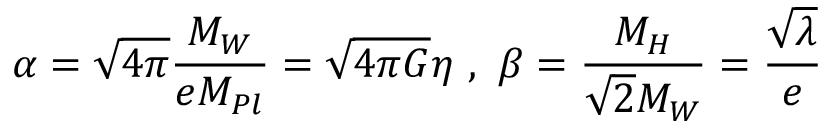
\alpha = \sqrt { 4 \pi } \frac { M _ { W } } { e M _ { P l } } = \sqrt { 4 \pi G } \eta \ , \ \beta = \frac { M _ { H } } { \sqrt { 2 } M _ { W } } = \frac { \sqrt { \lambda } } { e }